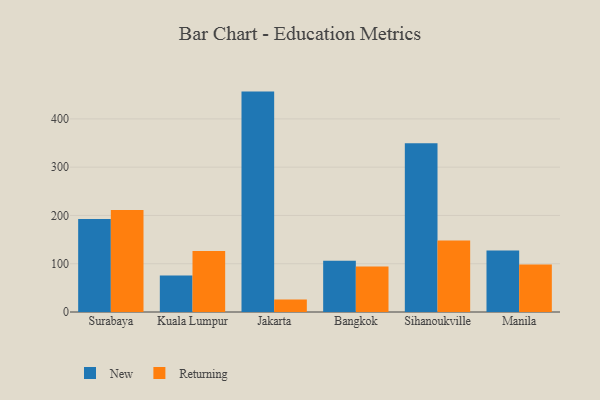
{"axis": {"x": "City", "y": "Bounce Rate (%)"}, "legend": ["New", "Returning"], "data": [{"x": "Surabaya", "y": 192.5, "type": "New"}, {"x": "Surabaya", "y": 211.3, "type": "Returning"}, {"x": "Kuala Lumpur", "y": 75.5, "type": "New"}, {"x": "Kuala Lumpur", "y": 126.3, "type": "Returning"}, {"x": "Jakarta", "y": 456.5, "type": "New"}, {"x": "Jakarta", "y": 26.0, "type": "Returning"}, {"x": "Bangkok", "y": 106.3, "type": "New"}, {"x": "Bangkok", "y": 94.3, "type": "Returning"}, {"x": "Sihanoukville", "y": 349.6, "type": "New"}, {"x": "Sihanoukville", "y": 148.2, "type": "Returning"}, {"x": "Manila", "y": 127.6, "type": "New"}, {"x": "Manila", "y": 98.6, "type": "Returning"}]}